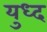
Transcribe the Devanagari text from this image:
युध्‍द